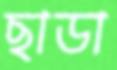
ছাডা